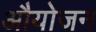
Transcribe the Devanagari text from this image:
औयोजन